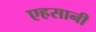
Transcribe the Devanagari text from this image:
एहसानी